Vaccination in Bombay 1889-1901 - 1889-1901
Year: 1889
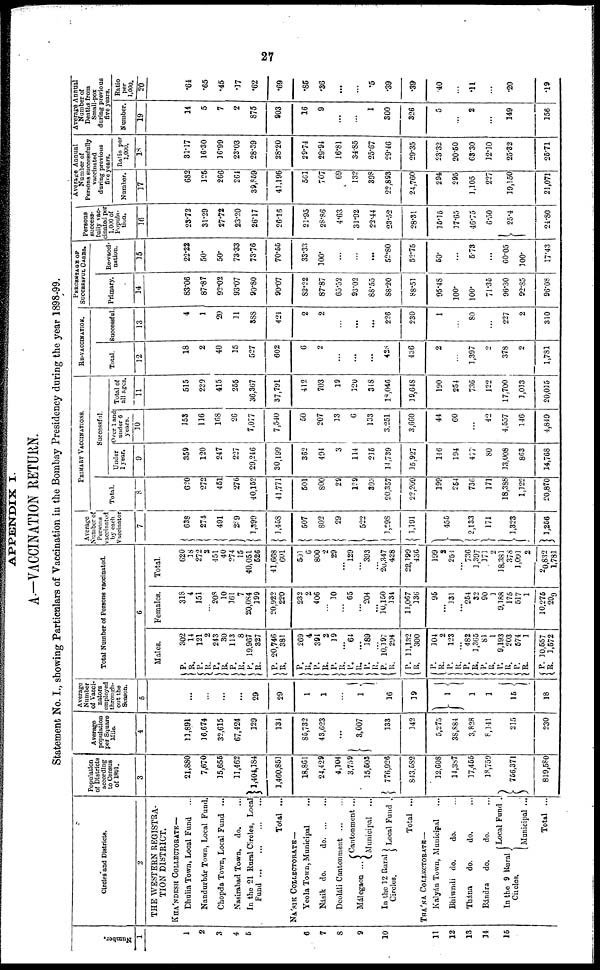
27
APPENDIX I.
A.—VACCINATION RETURN.
Statement No. I., showing Particulars of Vaccination in the Bombay Presidency during the year 1898-99.
Number.
1
1
2
3
4
5
6
7
8
9
10
11
12
13
14
15
Circles and Districts.
2
THE WESTERN REGISTRA-
TION DISTRICT.
KHA'NDESH COLLECTORATE—
Dhulia Town, Local Fund ...
Nandurbár Town, Local Fund.
Chopda Town, Local Fund ...
Nasirabad Town, do. ...
In the 21 Rural Circles, Local
Fund
...
...
...
...
Total ...
NA'SIK COLLECTORATE—
Yeola Town, Municipal ...
Násik do.
do
...
...
Deoláli Cantonment
...
...
Málegaon ...
Cantonment ...
Municipal ...
In the 12 Rural
Circles.
Local Fund .
Total ...
THA'NA COLLECTORATE—
Kalyán Town, Municipal ...
Bhiwndi do.
do. ...
Thána
do.
do. ...
Bándra
do.
do. ...
In the 9 Rural
Circles.
Local Fund .
Municipal ...
Total ...
Population
of Districts
according
to Census
of 1881.
3
21,880
7,670
15,655
11,462
1,404,184
1,460,851
18,861
24,429
4,104
3,759
15,503
776,926
843,582
12,608
14,387
17,455
18,759
756,371
819,580
Average
population
per Square
Mile.
4
11,891
16,674
32,615
67,424
129
131
85,732
43,623
...
3,007
133
142
5,275
38,884
3,828
8,141
215
230
Average
Number
of Vacci-
nators
employed
through-
out the
Season.
5
...
...
...
...
29
29
1
1
...
1
16
19
1
1
1
15
18
Total Number of Persons vaccinated.
6
Males.
P. R.
P.
R.
P.
R.
P.
R.
P.
R.
P.
R.
P.
R.
P.
R.
P.
R.
P.
R.
P.
R.
P.
R.
P.
R
P.
R.
P.
R.
P.
R.
P.
R
P.
R.
P.
R.
P.
R.
302
14
121
2
243
30
113
8
19,967
327
20,746
381
269
4
394
2
19
...
64
...
189
...
10,197
294
11,132
300
104
2
123
...
482
1,365
81
1
9,193
203
574
1
10,557
1,572
Females.
318
4
151
...
208
10
361
7
20,084
399
20,922
220
232
2
406
...
10
...
65
... 204
...
10,150
134
11,067
336
95
...
131
...
254
32
90
1
9,188
175
517
1
10,275
209
Total.
620
18
272
2
451
40
274
15
40,051
526
41,668
601
501
6
800
2
29
... 129
... 393
... 20,347
428
22,199
436
199
3
254
...
736
1,397
171
2
18,381
378
1,091
2
20,832
1,781
Average
Number of
Persons
vaccinated
by each
Vaccinator
7
638
274
491
289
1,399
1,458
507
802
29
522
1,298
1,191
455
2,133
171
1,323
1,256
PRIMARY VACCINATIONS.
Total.
8
620
272
451
276
40,152
41,771
501
800
29
129
393
20,357
22,209
199
254
736
171
18,388
1,122
20,870
Successful.
Under
1 year.
9
359
120
247
227
29,246
30,199
362
494
3
114
215
11,739
15,927
146
194
477
80
13,008
863
14,768
Over 1 and
under 6
years.
10
153
116
168
26
7,077
7,540
50
207
13
6
133
3,251
3,660
44
60
...
42
4,557
146
4,849
Total of
all ages.
11
515
239
415
255
36,367
37,791
412
703
19
120
348
10,046
19,648
190
254
736
122
17,700
1,013
20,015
RE-VACCINATION.
Total.
12
18
2
40
15
527
602
6
2
...
...
...
428
436
2
...
1,397
2
378
2
1,781
Successful.
13
4
1
20
11
388
424
2
2
...
...
...
226
230
1
...
80
...
227
2
310
PERCENTAGE OF
SUCCESSFUL CASES.
Primary.
14
83.06
87.87
92.02
93.07
90.80
90.07
82.22
87.87
65.52
93.02
88.55
88.20
88.51
95.48
100.
100.
71.35
96.30
92.85
96.08
Re-vacci-
nation.
15
22.22
50.
50.
73.33
73.76
70.55
33.33
100.
...
...
...
52.80
52.75
50.
...
5.73
...
60.05
100.
17.43
Persons
success-
fully vac-
cinated per
1,000 of
Popula-
tion.
16
23.72
31.29
27.72
23.20
26.17
26.16
21.95
28.86
4.63
31.92
23.44
23.52
28.31
15.15
17.65
46.75
6.50
25.4
24.80
Average Annual
Number of
Persons successfully
vaccinated
during previous
five years.
Number.
17
682
125
266
264
39,859
41,196
561
707
69
132
398
22,893
24,760
294
295
1,105
227
19,150
21,071
Ratio per
1,000.
18
31.17
16.30
16.99
23.03
28.39
28.20
29.74
29.94
16.81
34.85
25.67
29.46
29.35
23.32
20.50
63.30
12.10
25.32
25.71
Average Annual
Number of
Deaths from
Small-pox
during previous
five years.
Number.
19
14
5
7
2
875
903
16
9
...
...
1
300
326
5
...
2
...
149
156
Ratio
per
1,000.
20
.64
.65
.45
.17
.62
.69
.85
.36
...
...
.5
.39
.39
.40
...
.11
....
.20
.19